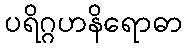
ပရိဂ္ဂဟနိရောဓာ